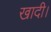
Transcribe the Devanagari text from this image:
खादी।